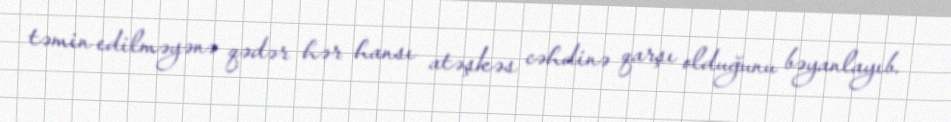
təmin edilməyənə qədər hər hansı atəşkəs cəhdinə qarşı olduğunu bəyanlayıb.